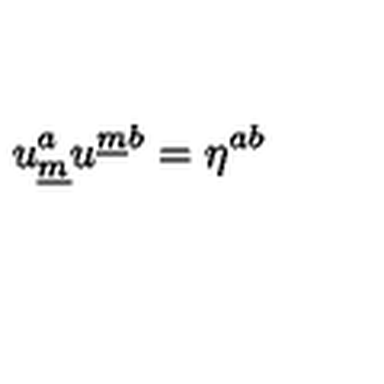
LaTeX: u _ { \underline { { m } } } ^ { a } u ^ { \underline { { m } } b } = \eta ^ { a b } \qquad